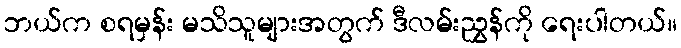
ဘယ်က စရမှန်း မသိသူများအတွက် ဒီလမ်းညွှန်ကို ရေးပါတယ်။